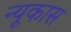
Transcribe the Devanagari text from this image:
न्यूकास